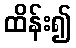
ထိန်း၍